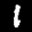
Label: 1